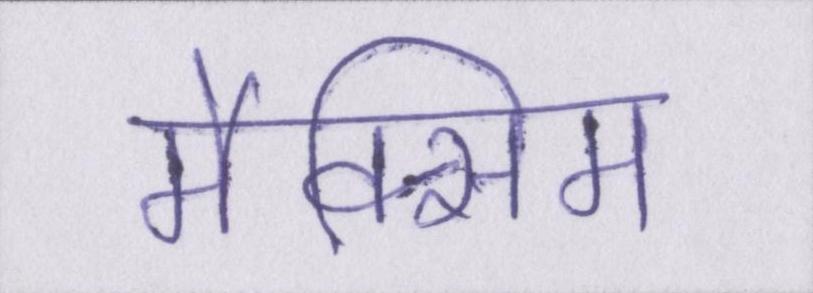
मैक्सिम